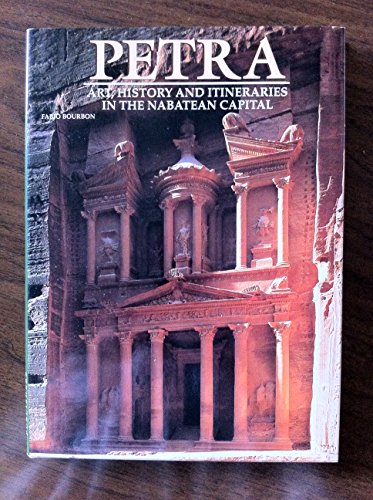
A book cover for Petra: Art, History and Itineraries in the Nabatean Capital; Fabio Bourbon; Travel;